DOW-UAP-D49, Launch Summary, Vandenberg AFB, 2000
Agency: Department of War
Incident date: 2/3/00
Page 60
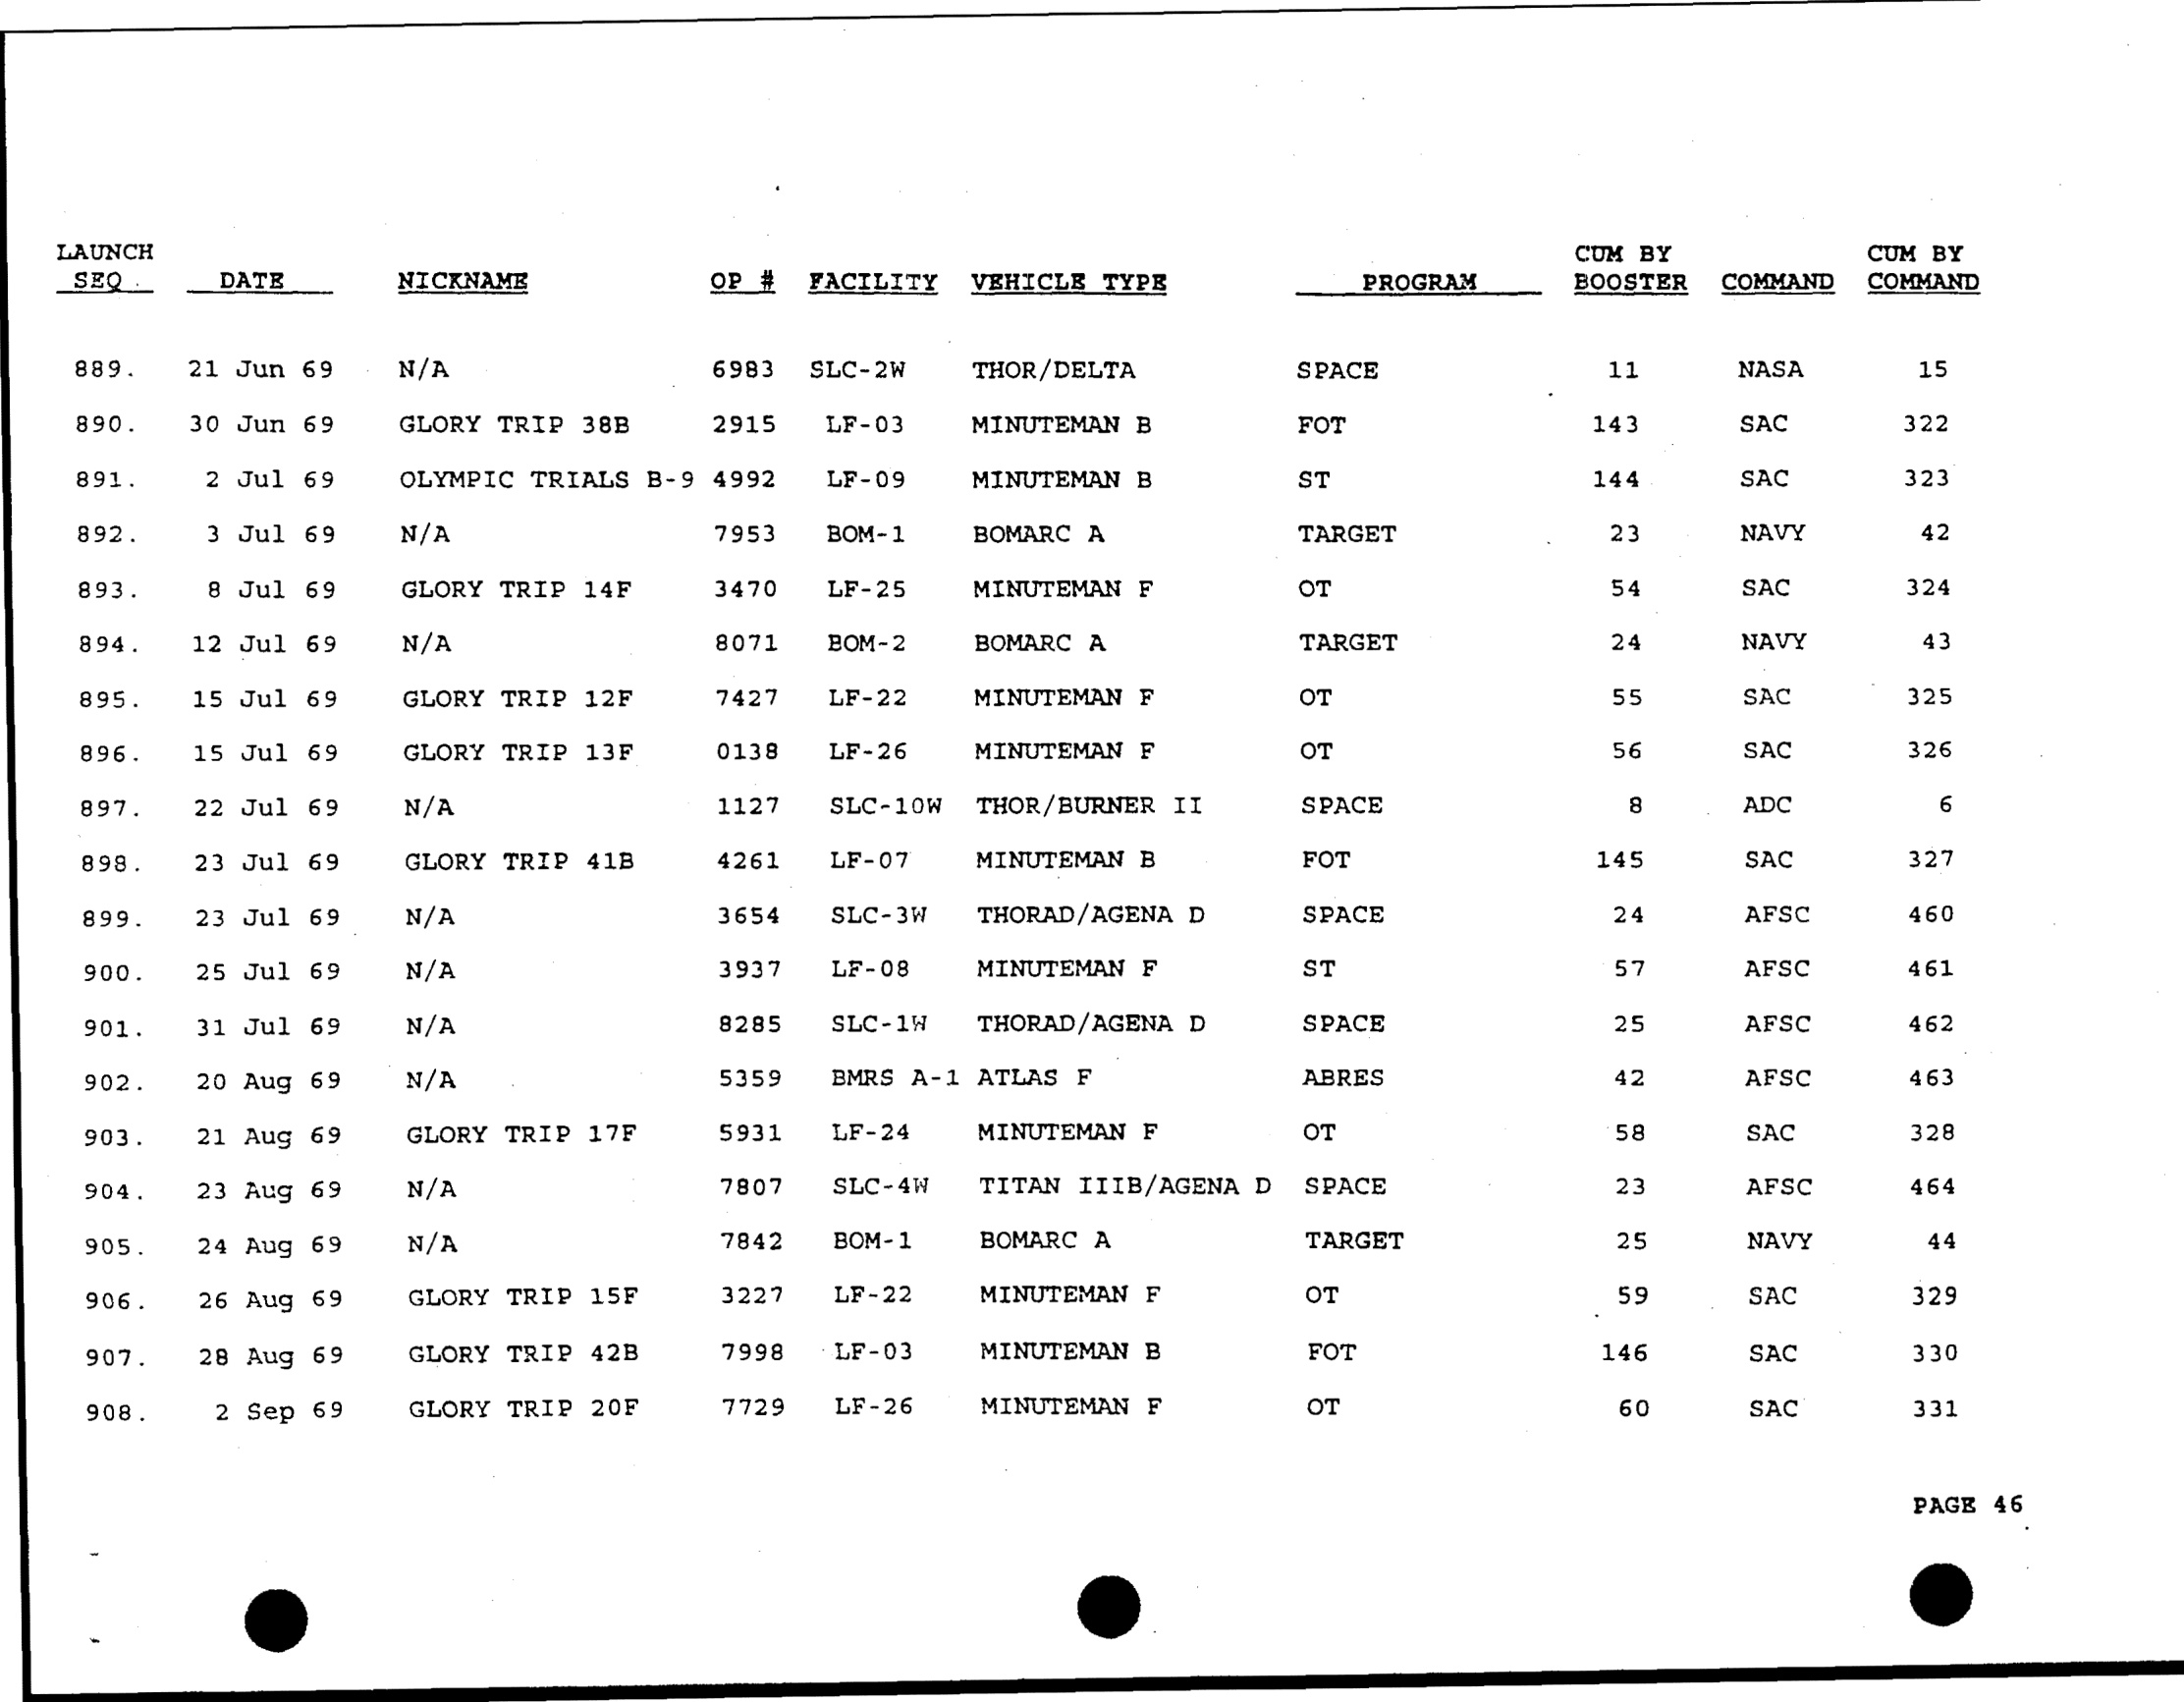